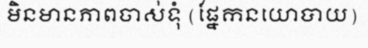
មិនមានភាពចាស់ទុំ (ផ្នែកនយោបាយ)